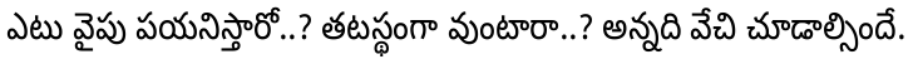
ఎటు వైపు పయనిస్తారో..? తటస్థంగా వుంటారా..? అన్నది వేచి చూడాల్సిందే.